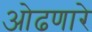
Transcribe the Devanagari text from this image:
ओढणारे